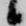
候